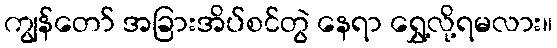
ကျွန်တော် အခြားအိပ်စင်တွဲ နေရာ ရွှေ့လို့ရမလား။